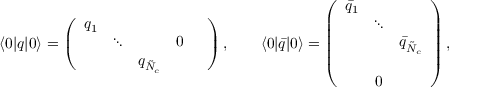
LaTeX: \langle 0 | q | 0 \rangle = \left( \begin{array} { c c c c c } { { q _ { 1 } } } & { { } } & { { } } & { { } } & { { } } \\ { { } } & { { \ddots } } & { { } } & { { 0 } } & { { } } \\ { { } } & { { } } & { { q _ { \tilde { N } _ { c } } } } & { { } } & { { } } \end{array} \right) , \qquad \langle 0 | { \bar { q } } | 0 \rangle = \left( \begin{array} { c c c } { { \bar { q } _ { 1 } } } & { { } } & { { } } \\ { { } } & { { \ddots } } & { { } } \\ { { } } & { { } } & { { \bar { q } _ { \tilde { N } _ { c } } } } \\ { { } } & { { } } & { { } } \\ { { } } & { { 0 } } & { { } } \end{array} \right) ,